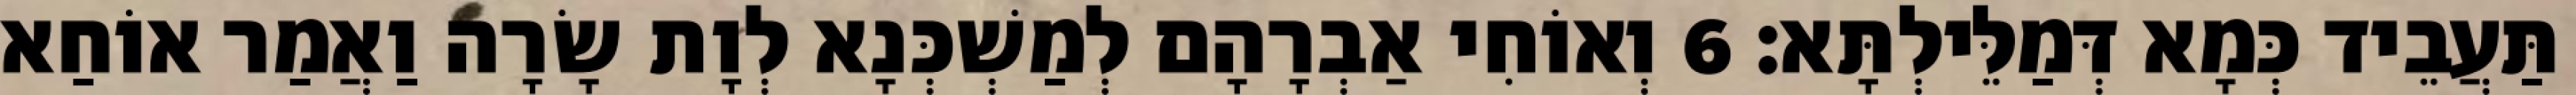
תַּעֲבֵיד כְּמָא דְּמַלֵּילְתָּא׃ 6 וְאוֹחִי אַבְרָהָם לְמַשְׁכְּנָא לְוָת שָׂרָה וַאֲמַר אוֹחַא